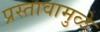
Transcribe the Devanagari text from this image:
प्रस्तावामुळे